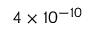
4 \times 1 0 ^ { - 1 0 }